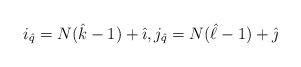
LaTeX: \begin{align*}i_{\hat{q}}=N(\hat{k}-1)+\hat{\imath},j_{\hat{q}}=N(\hat{\ell}-1)+\hat{\jmath}\end{align*}